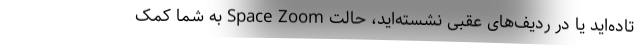
تاده‌اید یا در ردیف‌های عقبی نشسته‌اید، حالت Space Zoom به شما کمک